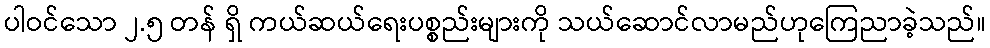
ပါဝင်သော ၂.၅ တန် ရှိ ကယ်ဆယ်ရေးပစ္စည်းများကို သယ်ဆောင်လာမည်ဟုကြေညာခဲ့သည်။